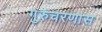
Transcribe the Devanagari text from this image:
गुरुचरणास